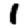
Digit: 1